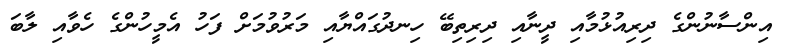
އިންސާނުންގެ ދިރިއުޅުމާއި ދީނާއި ދިރިތިބޭ ހިނދުގައްޔާއި މަރުވުމަށް ފަހު އެމީހުންގެ ހެވާއި ލާބަ